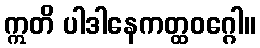
ဣတိ ပါဒါနေကတ္ထဝဂ္ဂေါ။